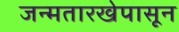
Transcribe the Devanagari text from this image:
जन्मतारखेपासून